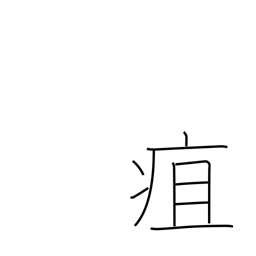
Meaning: carbuncle